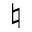
\natural